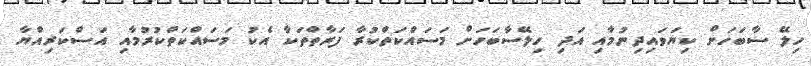
ހިލޭ ސާބަހަށް ކިޔަވައިދިނުމާއި އަދި ހިލޭސާބަހަށް މަސައްކަތްކުރާ ފަރާތްތަކާ އެކު މަސައްކަތްކުރުމާއި އަސްކަރިއްޔާ